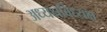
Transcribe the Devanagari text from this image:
अध्यक्षबिध्यक्ष